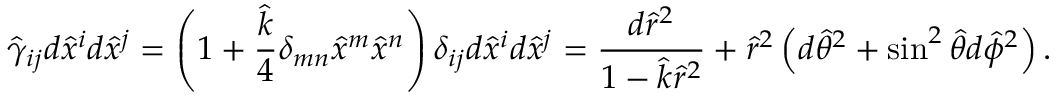
\hat { \gamma } _ { i j } d \hat { x } ^ { i } d \hat { x } ^ { j } = \left( 1 + { \frac { \hat { k } } { 4 } } \delta _ { m n } \hat { x } ^ { m } \hat { x } ^ { n } \right) \delta _ { i j } d \hat { x } ^ { i } d \hat { x } ^ { j } = { \frac { d \hat { r } ^ { 2 } } { 1 - \hat { k } \hat { r } ^ { 2 } } } + \hat { r } ^ { 2 } \left( d \hat { \theta } ^ { 2 } + \sin ^ { 2 } \hat { \theta } d \hat { \phi } ^ { 2 } \right) .